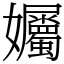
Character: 孎